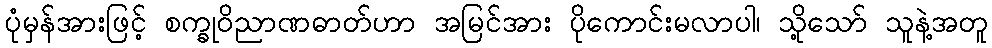
ပုံမှန်အားဖြင့် စက္ခုဝိညာဏဓာတ်ဟာ အမြင်အား ပိုကောင်းမလာပါ၊ သို့သော် သူနဲ့အတူ